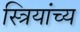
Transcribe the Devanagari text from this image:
स्त्रियांच्य